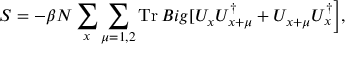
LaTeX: S = - \beta N \sum _ { x } \sum _ { \mu = 1 , 2 } \mathrm { T r } \, B i g [ U _ { x } U _ { x + \mu } ^ { \dag } + U _ { x + \mu } U _ { x } ^ { \dag } \Big ] ,